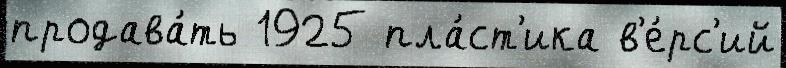
продава́ть 1925 пла́ст'ика в'е́рс'ий